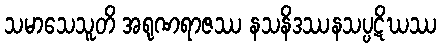
သမာသေသူတိ အရုဏရာဇဿ နသနိဒဿနသပ္ပဋိဃဿ